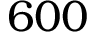
6 0 0